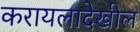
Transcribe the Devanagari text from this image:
करायलादेखील